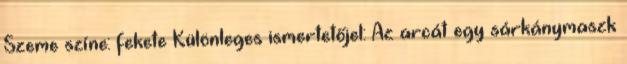
Szeme színe: fekete Különleges ismertetőjel: Az arcát egy sárkánymaszk